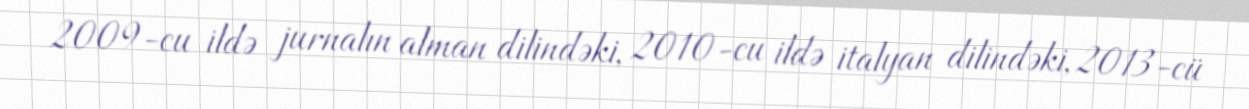
2009-cu ildə jurnalın alman dilindəki, 2010-cu ildə italyan dilindəki, 2013-cü